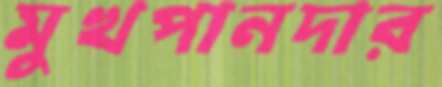
মুখপানদার